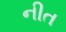
નીત